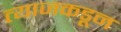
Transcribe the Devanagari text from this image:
त्याजकडून